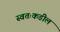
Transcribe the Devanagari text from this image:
स्वतःकडील